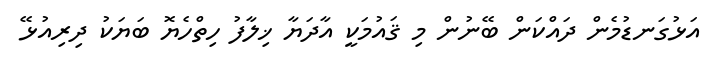
އަޅުގަނޑުމެން ދައްކަން ބޭނުން މި ޤައުމަކީ އާދަޔާ ޚިލާފު ހިތްހެޔޮ ބަޔަކު ދިރިއުޅޭ